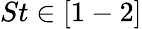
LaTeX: St\in[1-2]